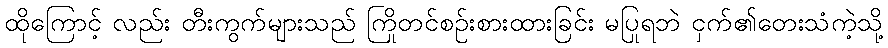
ထိုကြောင့် လည်း တီးကွက်များသည် ကြိုတင်စဉ်းစားထားခြင်း မပြုရဘဲ ငှက်၏တေးသံကဲ့သို့